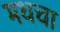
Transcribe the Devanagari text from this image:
मधचा